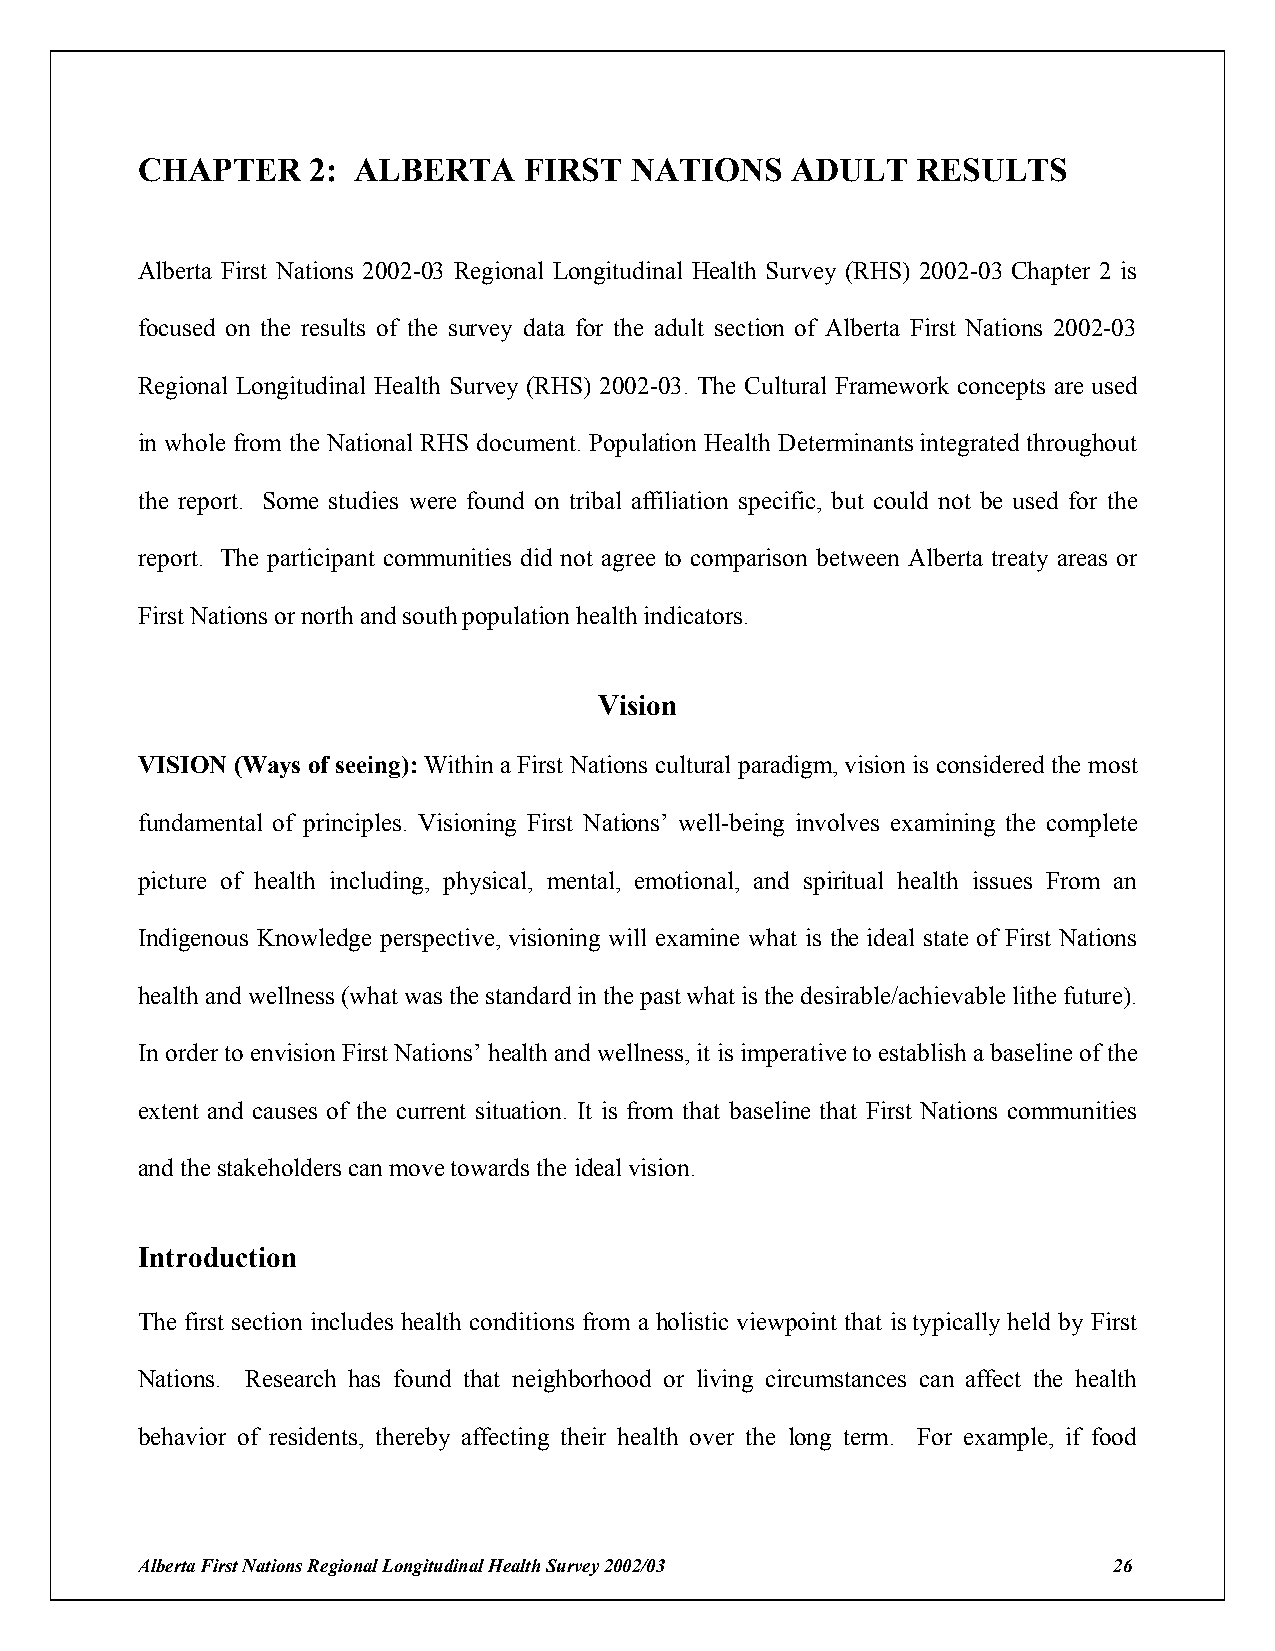
CHAPTER     2: ALBERTA    FIRST  NATIONS   ADULT    RESULTS
 Alberta First Nations 2002-03 Regional Longitudinal Health Survey (RHS) 2002-03 Chapter 2 is
 focused on the results of the survey data for the adult section of Alberta First Nations 2002-03
 Regional Longitudinal Health Survey (RHS) 2002-03. The Cultural Framework concepts are used
 in whole from the National RHS document. Population Health Determinants integrated throughout
 the report. Some studies were found on tribal affiliation specific, but could not be used for the
 report. The participant communities did not agree to comparison between Alberta treaty areas or
 First Nations or north and south population health indicators.
 Vision
 VISION (Ways of seeing): Within a First Nations cultural paradigm, vision is considered the most
 fundamental of principles. Visioning First Nations’ well-being involves examining the complete
 picture of health including, physical, mental, emotional, and spiritual health issues From an
 Indigenous Knowledge perspective, visioning will examine what is the ideal state of First Nations
 health and wellness (what was the standard in the past what is the desirable/achievable lithe future).
 In order to envision First Nations’ health and wellness, it is imperative to establish a baseline of the
 extent and causes of the current situation. It is from that baseline that First Nations communities
 and the stakeholders can move towards the ideal vision.
 Introduction
 The first section includes health conditions from a holistic viewpoint that is typically held by First
 Nations. Research has found that neighborhood or living circumstances can affect the health
 behavior of residents, thereby affecting their health over the long term. For example, if food
 Alberta First Nations Regional Longitudinal Health Survey 2002/03 26